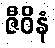
ဇီဝိနံ